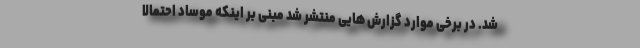
شد. در برخی موارد گزارش ‌هایی منتشر شد مبنی بر اینکه موساد احتمالا